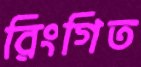
রিংগিত